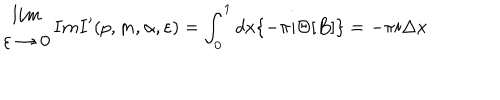
\begin{array} { c } { { l i m } } \\ { { \varepsilon \rightarrow 0 } } \\ \end{array} I m I ^ { \prime } ( p , m , \alpha , \varepsilon ) = \int _ { 0 } ^ { 1 } d x \{ - \pi i \Theta [ B ] \} = - \pi i \Delta x